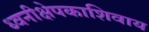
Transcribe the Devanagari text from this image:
ध्वनीक्षेपकाशिवाय